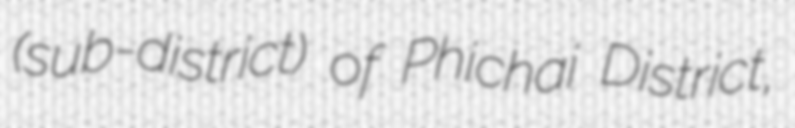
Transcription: (sub-district) of Phichai District,